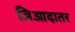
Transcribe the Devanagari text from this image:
जिआदातर